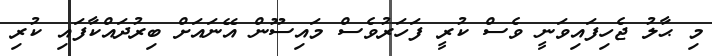
މި ޙާލު ޖެހިފައިވަނީ ވެސް ކުރީ ފަހަރުވެސް މައިސޫން އޭނައަށް ބިރުދައްކާފައި ކުރި